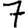
Digit: 7